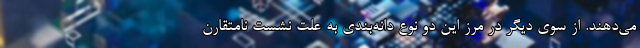
می‌دهند. از سوی دیگر در مرز این دو نوع دانه‌بندی به علت نشست نامتقارن